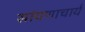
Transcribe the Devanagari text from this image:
सांयणाचार्य